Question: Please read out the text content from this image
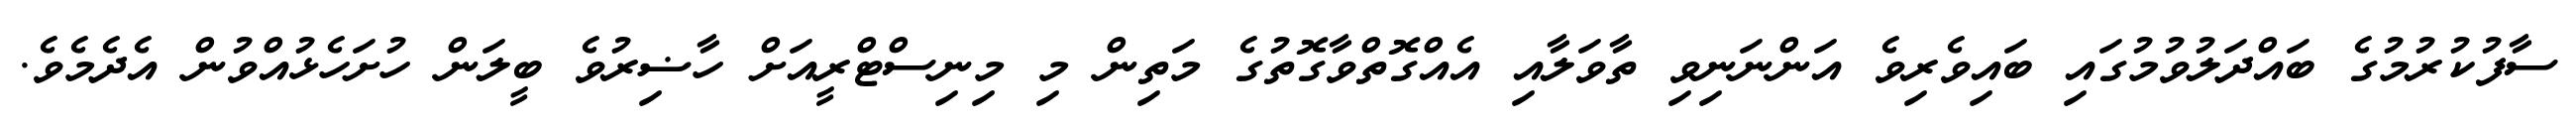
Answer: ސާފުކުރުމުގެ ބައްދަލުވުމުގައި ބައިވެރިވެ އަންނަނިވި ތާވަލާއި އެއްގޮތްވާގޮތުގެ މަތިން މި މިނިސްޓްރީއަށް ހާޟިރުވެ ބީލަން ހުށަހެޅުއްވުން އެދެމެވެ.